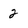
Character: 2